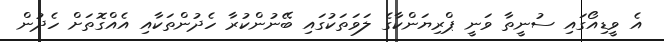
އެ ވީޑިއޯގައި ސުނީތާ ވަނީ ޕްރިޔަންކާގެ ލަވަތަކުގައި ބޭނުންކުރާ ހެދުންތަކާއި އެއްގޮތަށް ހެދުން